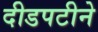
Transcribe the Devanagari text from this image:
दीडपटीने